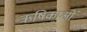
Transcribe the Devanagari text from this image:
ऋषिकाओं